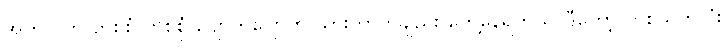
အတွဲလိုက် တစ်စုံ တစ်စုံ ပျောက်ပျောက် သွားတာကိုချည်း တွေ့နေရတယ်၊ ဒီတော့ တစ်သက်လုံး